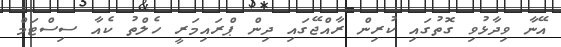
އޭނާ ވިދާޅުވި ގޮތުގައި ކުރިން ރާއްޖޭގައި ދިން ޕްރައިމަރީ ހެލްތު ކެއާ ސިސްޓަމް